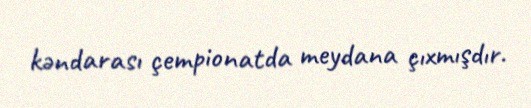
kəndarası çempionatda meydana çıxmışdır.